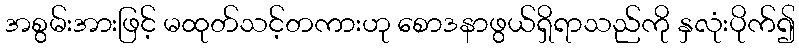
အစွမ်းအားဖြင့် မထုတ်သင့်တကားဟု စောဒနာဖွယ်ရှိရာသည်ကို နှလုံးပိုက်၍